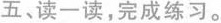
五、读一读，完成练习。